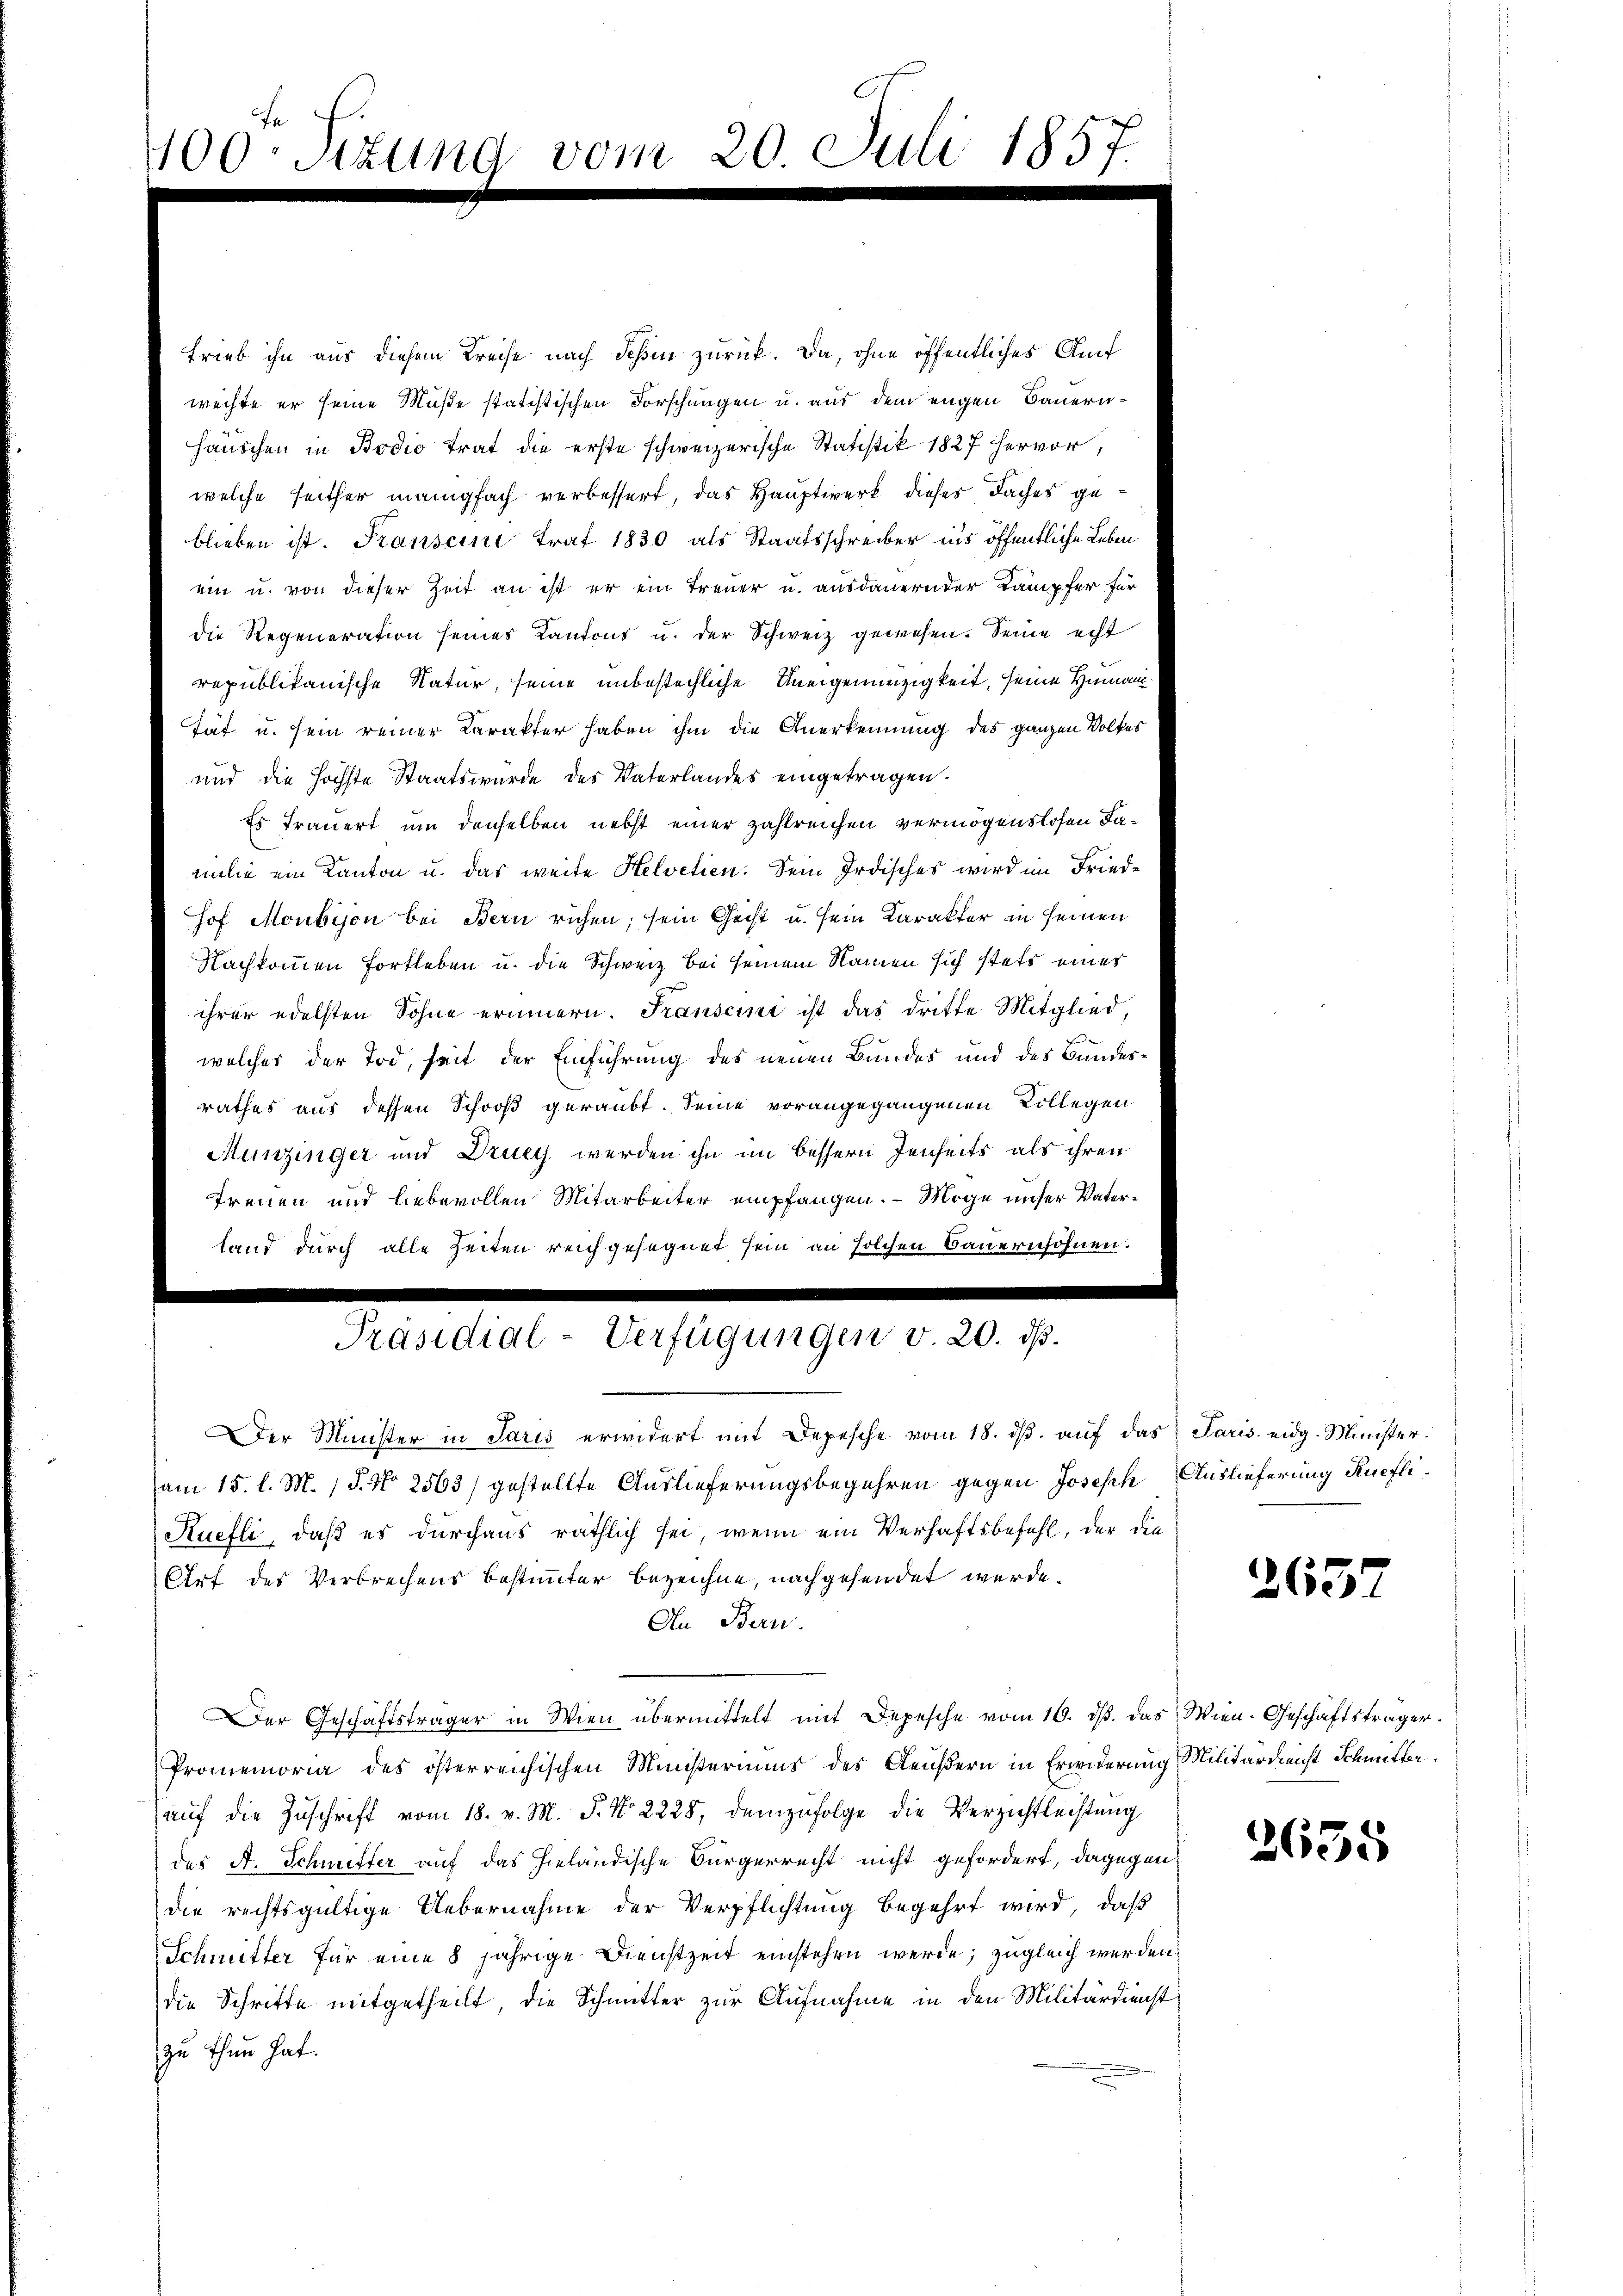
Trieb ihn aus diesem Kreise nach Schin zurück. Da, ohne öffentliches Auf
wechte er seine Müße statistischen Forschungen u. aus dem engen Bauernhäuschen in Bodio trat die erste schweizerische Statistik 1827 hervor,
welche seither manigfach verbessert, das Hauptwerk dieses Faches geblieben ist. Franscini trat 1830 als Staatsschreiber ins öffentliche Leben
ein u. von dieser Zeit an ist er ein Treuer u. ausdauernder Kampfer für
die Regeneration seiner Kantons u. der Schweiz gewesen. Seine echt
republikanische Natur, seine unbestechliche Uneigennüzigkeit, seine Human¬
Tät u. sein reiner Karakter haben ihm die Anerkennung des ganzen Volkes
und die höchste Staatswürde des Vaterlandes eingetragen.
Es trauert um denselben nebst einer zahlreichen vermögenslosen Familie ein Kanton u. das weite Helvetien. Sein Irdisches wird im Friedhof Moubison bei Bern ruhen, sein Geist u. sein Karakter in seinen
Nachkommen Fortleben u. die Schweiz bei seinem Namen sich stets einer
ihrer edelsten Sohne erinnern. Franscini ist das dritte Mitglied,
welches der Tod, seit der Einführung des neuen Bundes und des Bundesrathes aus dessen Schooß geraubt. Deine vorangegangenen Kollegen
Munzinger und Drucy werden ihn im bessern Jenseits als ihren
Treuen und liebevollen Mitarbeiter empfangen. — Möge unser Vaterland durch alle Zeiten reichgesegnet sein an solchen Bauernsöhnen.

Der Minister in Paris erwidert mit Depesche vom 18. dβ aŭf das Paris eidg. Minister.
am 15. l. M. (T. No 2563) gestellte Auslieferungsbegehren gegen Joseph Auslieferung Ruefli¬
Kuefli, daß es durchaus räthlich sei, wenn ein Verhaftsbefehl, der die
Ort des Verbrechens bestimmter bezeichne, nachgesendet werde.
An Bern.
Der Geschäftsträger in Wien übermittelt mit Depesche vom 16. dβ. das Wien. Geschäftsträger
Promemoria des österreichischen Ministeriums des Aeußern in Erwiderung Militärdienst Schmitter
aŭf die Zuschrift vom 18. v. M. J. No 2228, demzufolge die Verzichtleistung
des A. Schmitter auf das hieländische Bürgerrecht nicht gefordert, dagegen
die rechtsgültige Uebernahme der Verpflichtung begehrt wird, daß
Schmitter für eine 8 jährige Dienstzeit einstehen werde; zugleich werden,
die Schritte mitgetheilt, die Schmitter zur Aufnahme in den Militärdienst
zu thun hat.

Frau die

2637

2635